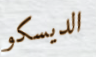
الديسكو